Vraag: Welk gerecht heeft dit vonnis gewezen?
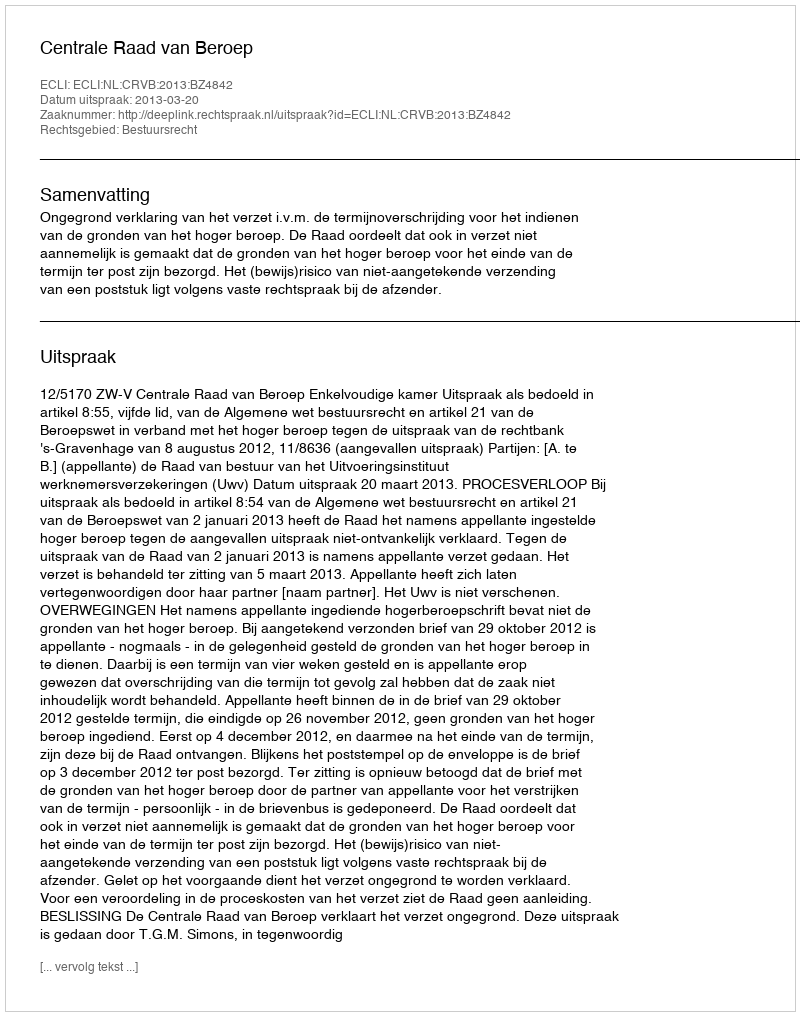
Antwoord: Centrale Raad van Beroep